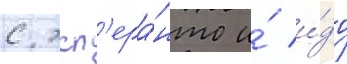
с эсп'ера́нто и́ и́до